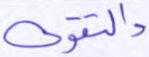
والتقوى